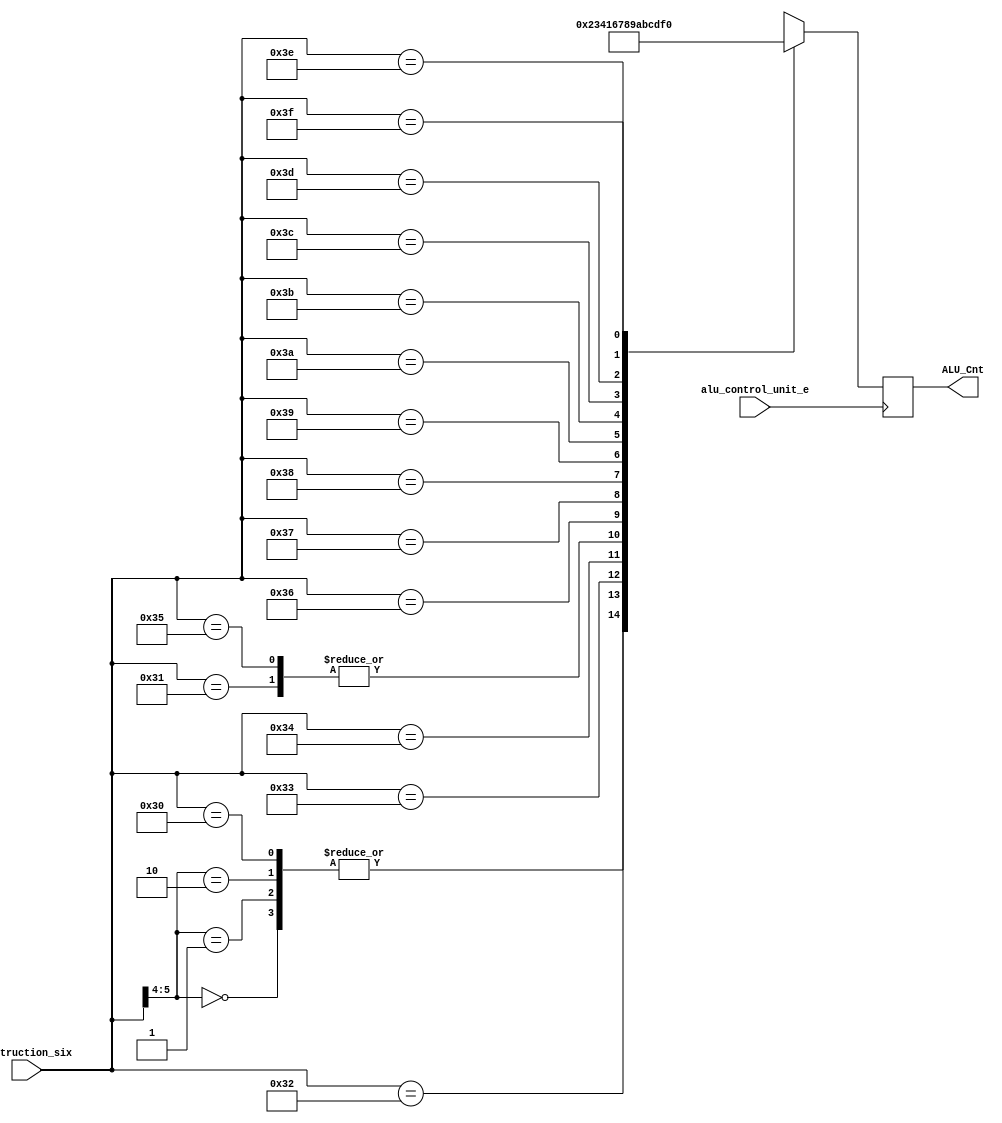
module alu_control_unit(alu_control_unit_e, instruction_six, ALU_Cnt);
    input alu_control_unit_e;
    input [5:0] instruction_six; //
    output reg [3:0] ALU_Cnt;
    
    always @(posedge alu_control_unit_e) begin
        casex (instruction_six)
            6'b00xxxx: ALU_Cnt=4'b0000; // load --> add
            6'b01xxxx: ALU_Cnt=4'b0000; // store --> add

            6'b10xxxx: ALU_Cnt=4'b0000; //  --> add

            // ALU: 11
            6'b110000: ALU_Cnt=4'b0000;
            6'b110001: ALU_Cnt=4'b0001;
            6'b110010: ALU_Cnt=4'b0010;
            6'b110011: ALU_Cnt=4'b0011;
            6'b110100: ALU_Cnt=4'b0100;
            6'b110101: ALU_Cnt=4'b0001;
            6'b110110: ALU_Cnt=4'b0110;
            6'b110111: ALU_Cnt=4'b0111;
            6'b111000: ALU_Cnt=4'b1000;
            6'b111001: ALU_Cnt=4'b1001;
            6'b111010: ALU_Cnt=4'b1010;
            6'b111011: ALU_Cnt=4'b1011;
            6'b111100: ALU_Cnt=4'b1100;
            6'b111101: ALU_Cnt=4'b1101;
            6'b111110: ALU_Cnt=4'b1110;
            6'b111111: ALU_Cnt=4'b1111;

            default: ALU_Cnt=4'b0111;
        endcase
    end

endmodule